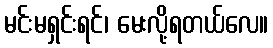
မင်းမရှင်းရင်၊ မေးလို့ရတယ်လေ။